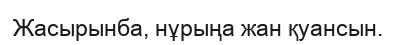
Жасырынба, нұрыңа жан қуансын.